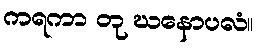
ကရကာ တု ဃနောပလံ။